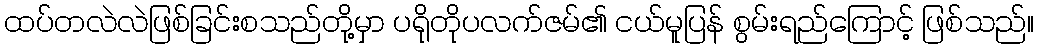
ထပ်တလဲလဲဖြစ်ခြင်းစသည်တို့မှာ ပရိုတိုပလက်ဇမ်၏ ငယ်မူပြန် စွမ်းရည်ကြောင့် ဖြစ်သည်။